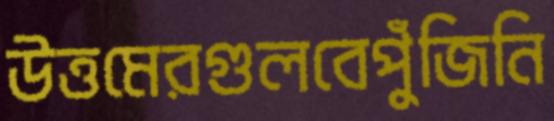
উত্তমেরগুলবেপুঁজিনি